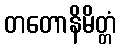
တတောနိမိတ္တံ